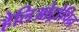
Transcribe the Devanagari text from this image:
हेलिओट्रोपिन